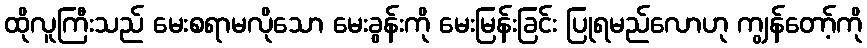
ထိုလူကြီးသည် မေးစရာမလိုသော မေးခွန်းကို မေးမြန်းခြင်း ပြုရမည်လောဟု ကျွန်တော့်ကို